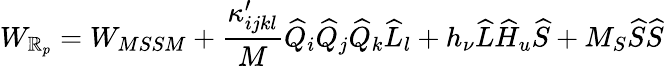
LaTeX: W_{\mathbb{R}_{p}}=W_{MSSM}+\frac{{\kappa_{ijkl}^{\prime}}}{{M}}\widehat{{Q}}_{i}\widehat{{Q}}_{j}\widehat{{Q}}_{k}\widehat{{L}}_{l}+h_{\nu}\widehat{{L}}\widehat{{H}}_{u}\widehat{{S}}+M_{S}\widehat{{S}}\widehat{{S}}